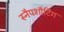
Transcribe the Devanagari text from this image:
स्नैपशौटिंग